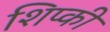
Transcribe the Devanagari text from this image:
शिप्की